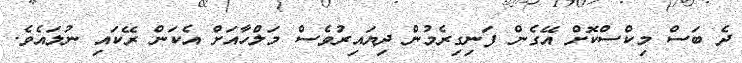
ދެ ބަސް މިކްސްކޮށް އޭގެން ފަނިގިރެމުން ދިޔައިިރުވެސް މަލްހާއަށް އެކަން ރޭކައި ނުލައެވެ.